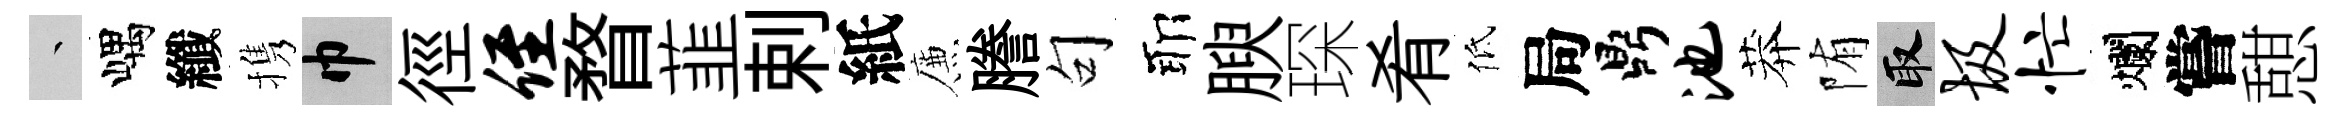
叢嵎纖携巾徑侄瞀韮剌紙簾謄句耶腴琛肴低局鼎池莽陏取圾忙爛嘗憇